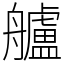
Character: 艫